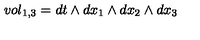
v o l _ { 1 , 3 } = d t \wedge d x _ { 1 } \wedge d x _ { 2 } \wedge d x _ { 3 }